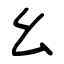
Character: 幺